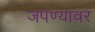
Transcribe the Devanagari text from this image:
जपण्यावर